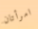
امرأتان